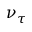
\nu _ { \tau }